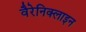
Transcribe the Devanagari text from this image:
वैरेनिक्लाइन